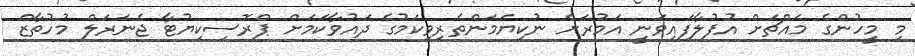
މި މީހުންގެ މައްޗަށް އުފުލާފައިވަނީ އަމުރަށް ނުކިޔަމަންތެރިވިކަމުގެ ދައުވާކަމަށް ޕްރޮސިކިޔުޓާ ޖެނަރަލް މުހުތާޒް